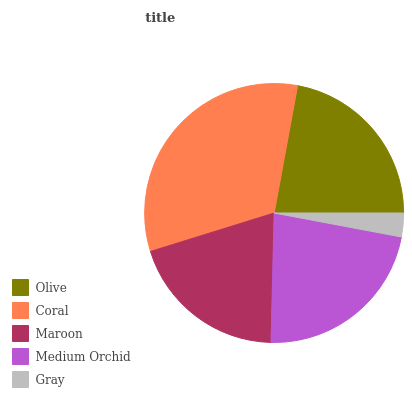
| Olive | Coral | Maroon | Medium Orchid | Gray |
 | --- | --- | --- | --- | --- |
 | 22.1% | 32.6% | 19.9% | 22.4% | 2.96% |